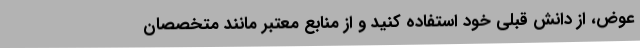
عوض، از دانش قبلی خود استفاده کنید و از منابع معتبر مانند متخصصان